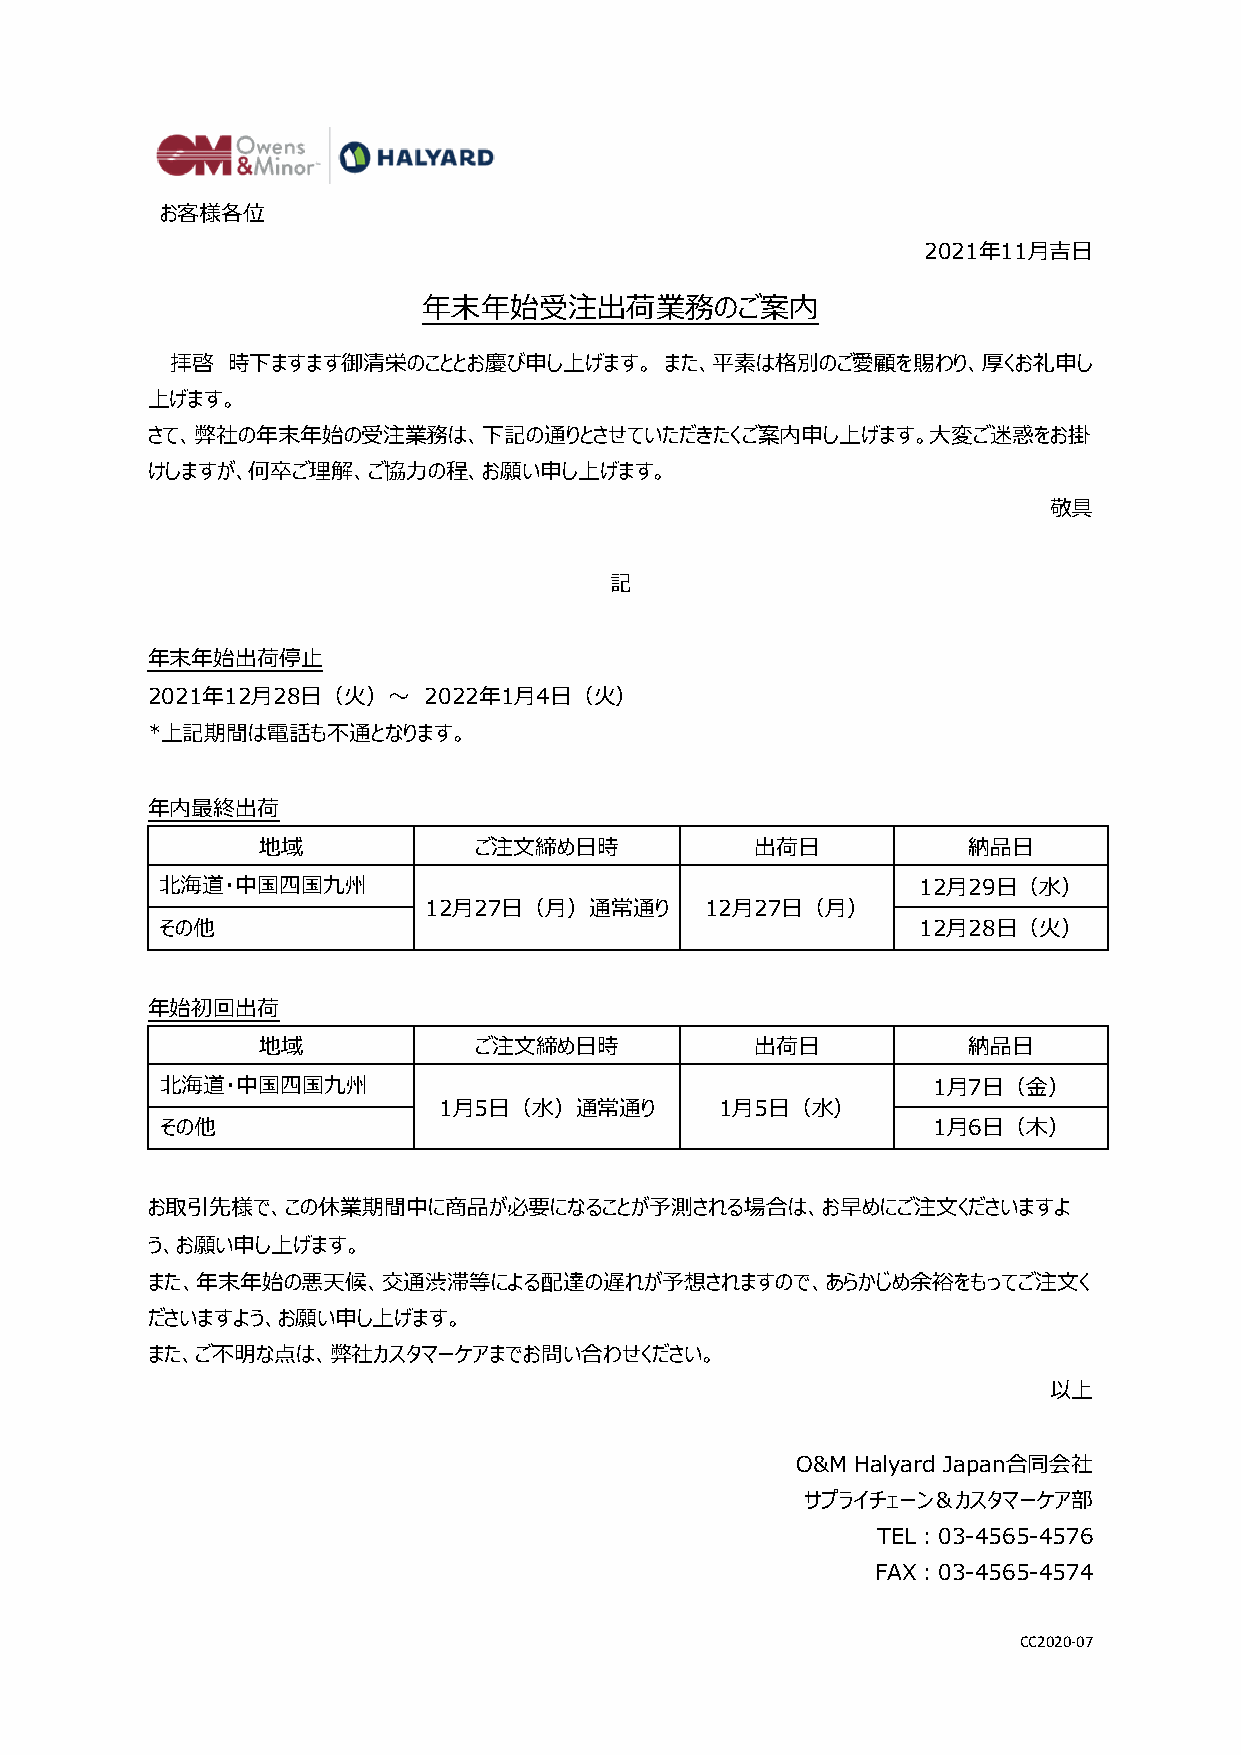
お客様各位
 2021年11月吉日
 年末年始受注出荷業務のご案内
 拝啓  時下ますます御清栄のこととお慶び申し上げます。      また、平素は格別のご愛顧を賜わり、厚くお礼申し
 上げます。
 さて、弊社の年末年始の受注業務は、下記の通りとさせていただきたくご案内申し上げます。大変ご迷惑をお掛
 けしますが、何卒ご理解、ご協力の程、お願い申し上げます。
 敬具
 記
 年末年始出荷停止
 2021年12月28日（火）～   2022年1月4日（火）
 *上記期間は電話も不通となります。
 年内最終出荷
 地域            ご注文締め日時            出荷日           納品日
 北海道・中国四国九州                                        12月29日（水）
 12月27日（月）通常通り      12月27日（月）
 その他                                               12月28日（火）
 年始初回出荷
 地域            ご注文締め日時            出荷日           納品日
 北海道・中国四国九州                                         1月7日（金）
 1月5日（水）通常通り        1月5日（水）
 その他                                                1月6日（木）
 お取引先様で、この休業期間中に商品が必要になることが予測される場合は、お早めにご注文くださいますよ
 う、お願い申し上げます。
 また、年末年始の悪天候、交通渋滞等による配達の遅れが予想されますので、あらかじめ余裕をもってご注文く
 ださいますよう、お願い申し上げます。
 また、ご不明な点は、弊社カスタマーケアまでお問い合わせください。
 以上
 O&M Halyard Japan合同会社
 サプライチェーン＆カスタマーケア部
 TEL：03-4565-4576
 FAX：03-4565-4574
 CC2020-07